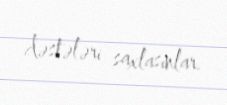
dəstələri saxlasınlar.